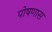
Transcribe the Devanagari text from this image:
पोषणास